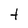
Character: t